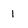
Character: 1